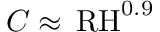
{ \cal C } \approx \, \mathrm { R H } ^ { 0 . 9 }